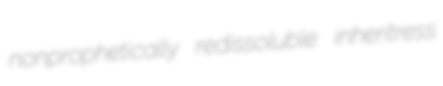
nonprophetically redissoluble inheritress